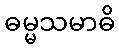
ဓမ္မသမာဓိ